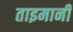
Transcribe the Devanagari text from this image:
ताइमानी